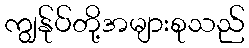
ကျွန်ုပ်တို့အများစုသည်